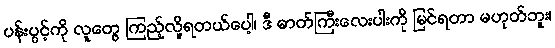
ပန်းပွင့်ကို လူတွေ ကြည့်လို့ရတယ်ပေါ့၊ ဒီ ဓာတ်ကြီးလေးပါးကို မြင်ရတာ မဟုတ်ဘူး၊